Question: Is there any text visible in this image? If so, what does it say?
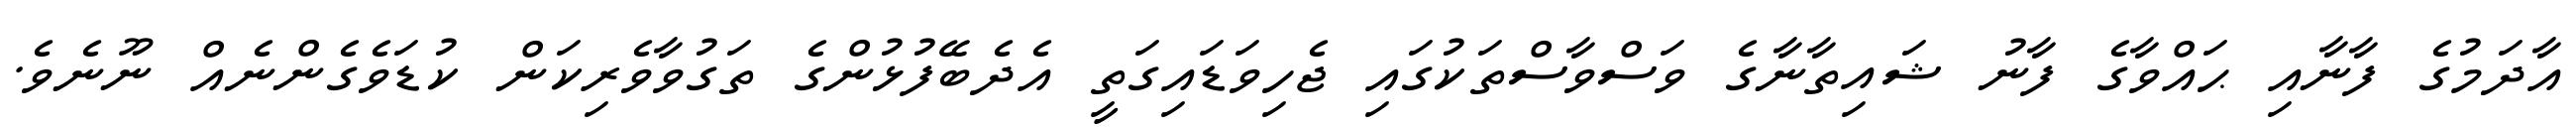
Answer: އާދަމުގެ ފާނާއި ޙައްވާގެ ފާނު ޝައިތާނާގެ ވަސްވާސްތަކުގައި ޖެހިވަޑައިގަތީ އެދެބޭފުޅުންގެ ތަގުވާވެރިކަން ކުޑަވެގެންނެއް ނޫނެވެ.